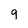
Character: 9